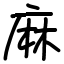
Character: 麻